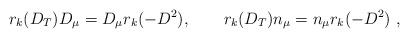
LaTeX: \begin{align*}r_k(D_T) D_\mu = D_\mu r_k(-D^2),\quad\quad r_k(D_T) n_\mu = n_\mu r_k(-D^2)\ ,\end{align*}